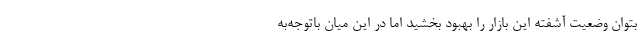
بتوان وضعیت آشفته این بازار را بهبود بخشید اما در این میان باتوجه‌به